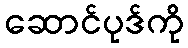
ဆောင်ပုဒ်ကို